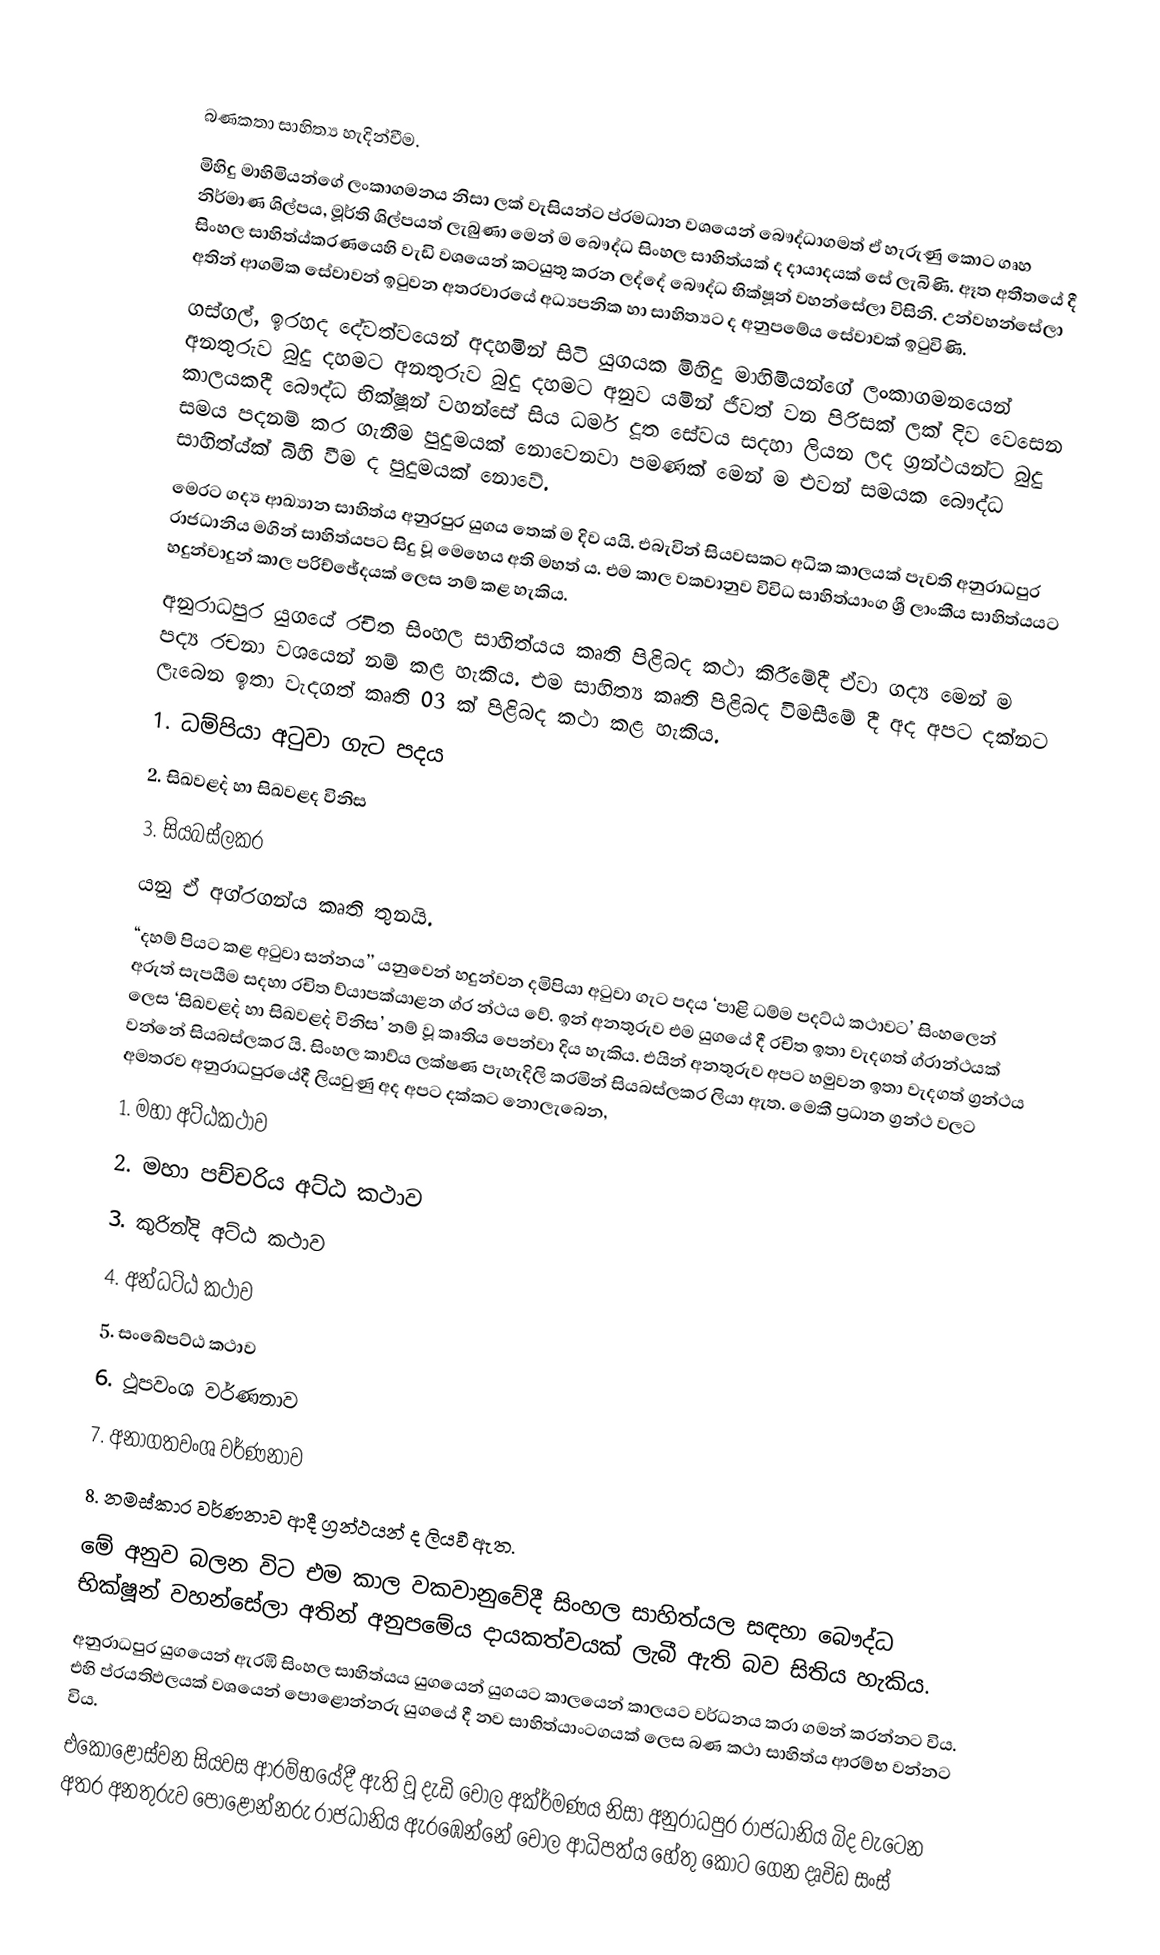

බණකතා සාහිත්‍ය හැදින්වීම.
මිහිදු මාහිමියන්ගේ ලංකාගමනය නිසා ලක් වැසියන්ට ප්රමධාන වශයෙන් බෞද්ධාගමත් ඒ හැරුණු කොට ගෘහ නිර්මාණ ශිල්පය, මූර්ති ශිල්පයත් ලැබුණා මෙන් ම බෞද්ධ සිංහල සාහිත්යක් ද දායාදයක් සේ ලැබිණි. ඈත අතීතයේ දී සිංහල සාහිත්ය්කරණයෙහි වැඩි වශයෙන් කටයුතු කරන ලද්දේ බෞද්ධ භික්ෂූන් වහන්සේලා විසිනි. උන්වහන්සේලා අතින් ආගමික සේවාවන් ඉටුවන අතරවාරයේ අධ්‍යපනික හා සාහිත්‍යට ද අනුපමේය සේවාවක් ඉටුවිණි.
ගස්ගල්, ඉරහද දේවත්වයෙන් අදහමින් සිටි යුගයක මිහිදු මාහිමියන්ගේ ලංකාගමනයෙන් අනතුරුව බුදු දහමට අනතුරුව බුදු දහමට අනුව යමින් ජීවත් වන පිරිසක් ලක් දිව වෙසෙන කාලයකදී බෞද්ධ භික්ෂූන් වහන්සේ සිය ධර්ම දූත සේවය සදහා ලියන ලද ග්‍රන්ථයන්ට බුදු සමය පදනම් කර ගැනීම පුදුමයක් නොවෙනවා පමණක් මෙන් ම එවන් සමයක බෞද්ධ සාහිත්ය්ක් බිහි වීම ද පුදුමයක් නොවේ.
මෙරට ගද්‍ය ආඛ්‍යාන සාහිත්ය  අනුරපුර යුගය තෙක් ම දිව යයි. එබැවින් සියවසකට අධික කාලයක් පැවති අනුරාධපුර රාජධානිය මගින් සාහිත්යපට සිදු වූ මෙහෙය අති මහත් ය. එම කාල වකවානුව විවිධ සාහිත්යාංග ශ්‍රී ලාංකීය සාහිත්යයට හදුන්වාදුන් කාල පරිච්ඡේදයක් ලෙස නම් කළ හැකිය.
 	අනුරාධපුර යුගයේ රචිත සිංහල සාහිත්යය කෘති පිළිබද කථා කිරීමේදී ඒවා ගද්‍ය මෙන් ම පද්‍ය  රචනා වශයෙන් නම් කළ හැකිය. එම සාහිත්‍ය කෘති පිළිබද විමසීමේ දී අද අපට දක්නට ලැබෙන ඉතා වැදගත් කෘති 03 ක් පිළිබද කථා කළ හැකිය.
1.	ධම්පියා අටුවා ගැට පදය
2.	සිඛවළ`ද හා සිඛවළද විනිස
3.	සියබස්ලකර
යනු ඒ අග්රගන්ය  කෘති තුනයි.
“දහම් පියට කළ අටුවා සන්නය’’ යනුවෙන් හදුන්වන දමිපියා අටුවා ගැට පදය ‘පාළි ධම්ම පදට්ඨ කථාවට’ සිංහලෙන් අරුත් සැපයීම සදහා රචිත ව්යාපක්යාළන ග්ර න්ථය වේ. ඉන් අනතුරුව එම යුගයේ දී රචිත ඉතා වැදගත් ග්රාන්ථයක් ලෙස ‘සිඛවළ`ද හා සිඛවළ`ද විනිස’ නම් වූ කෘතිය පෙන්වා දිය හැකිය. එයින් අනතුරුව අපට හමුවන ඉතා වැදගත් ග්‍රන්ථය වන්නේ සියබස්ලකර යි. සිංහල කාව්ය  ලක්ෂණ පැහැදිලි කරමින් සියබස්ලකර ලියා ඇත. මෙකී ප්‍රධාන ග්‍රන්ථ වලට අමතරව අනුරාධපුරයේදී ලියවුණු අද අපට දක්කට නොලැබෙන,
1.	මහා අට්ඨකථාව
2.	මහා පච්චරිය අට්ඨ කථාව
3.	කුරින්දි අට්ඨ කථාව
4.	අන්ධට්ඨ කථාව
5.	සංඛේපට්ඨ කථාව
6.	ථූපවංශ වර්ණනාව
7.	අනාගතවංශ වර්ණනාව
8.	නමස්කාර වර්ණනාව ආදී ග්‍රන්ථයන් ද ලියවී ඇත.
මේ අනුව බලන විට එම කාල වකවානුවේදී සිංහල සාහිත්යල සඳහා බෞද්ධ භික්ෂූන් වහන්සේලා අතින් අනුපමේය දායකත්වයක් ලැබී ඇති බව සිතිය හැකිය.
අනුරාධපුර යුගයෙන් ඇරඹි සිංහල සාහිත්යය යුගයෙන් යුගයට කාලයෙන් කාලයට වර්ධනය කරා ගමන් කරන්නට විය. එහි ප්රයතිඵලයක් වශයෙන් පොළොන්නරු යුගයේ දී නව සාහිත්යාංටගයක් ලෙස බණ කථා සාහිත්ය ආරම්භ වන්නට විය.
එකොළොස්වන සියවස ආරම්භයේදී ඇති වූ දැඩි චෝල අක්ර්මණය නිසා අනුරාධපුර රාජධානිය බිද වැටෙන අතර අනතුරුව පොළොන්නරු රාජධානිය ඇරඹෙන්නේ චෝල ආධිපත්ය හේතු කොට ගෙන දෘවිඩ සංස්